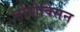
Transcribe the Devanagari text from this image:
नोरोक्सिन